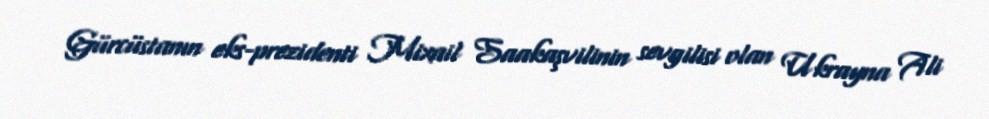
Gürcüstanın eks-prezidenti Mixail Saakaşvilinin sevgilisi olan Ukrayna Ali